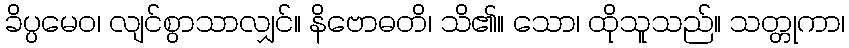
ခိပ္ပမေဝ၊ လျင်စွာသာလျှင်။ နိဗောဓတိ၊ သိ၏။ သော၊ ထိုသူသည်။ သတ္တုကာ၊